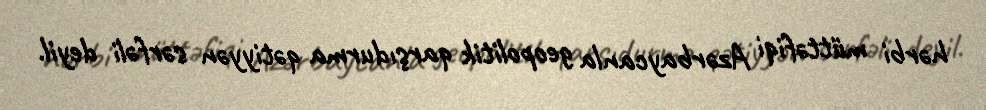
hərbi müttəfiqi Azərbaycanla geopolitik qarşıdurma qətiyyən sərfəli deyil.